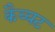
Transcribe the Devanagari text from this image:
कैय्यट